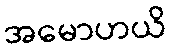
အမောဟယိ